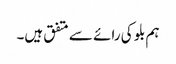
ہم بلو کی رائے سے متفق ہیں۔